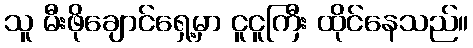
သူ မီးဖိုချောင်ရှေ့မှာ ငူငူကြီး ထိုင်နေသည်။